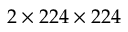
2 \times 2 2 4 \times 2 2 4